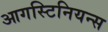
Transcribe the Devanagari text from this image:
आगस्टिनियन्स